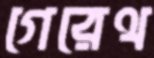
গেরেথ